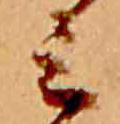
ミ